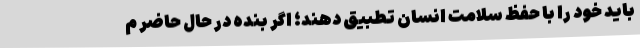
باید خود را با حفظ سلامت انسان تطبیق دهند؛ اگر بنده در حال حاضر م